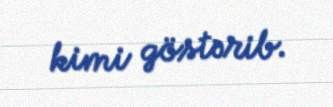
kimi göstərib.